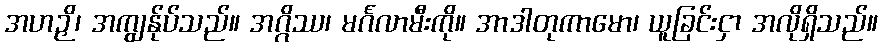
အဟဉှိ၊ အကျွန်ုပ်သည်။ အဂ္ဂိဿ၊ မင်္ဂလာမီးကို။ အာဒါတုကာမော၊ ယူခြင်းငှာ အလိုရှိသည်။